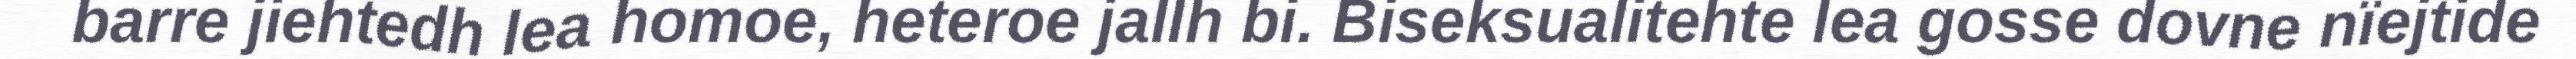
barre jiehtedh lea homoe, heteroe jallh bi. Biseksualitehte lea gosse dovne nïejtide